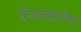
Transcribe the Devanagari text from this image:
ऐडजस्टमेण्ट